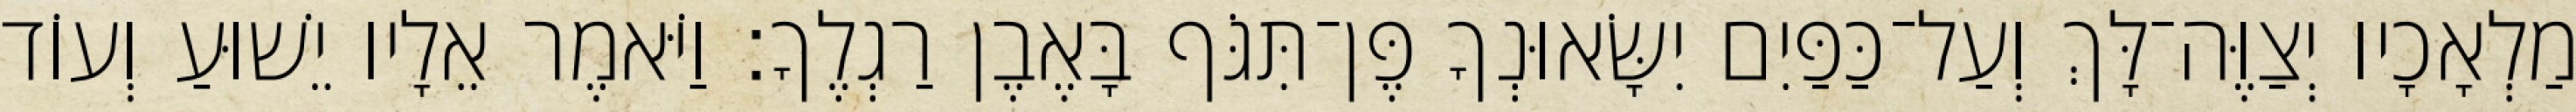
מַלְאָכָיו יְצַוֶּה־לָּךְ וְעַל־כַּפַּיִם יִשָּׂאוּנְךָ פֶּן־תִּגֹּף בָּאֶבֶן רַגְלֶךָ׃ וַיֹּאמֶר אֵלָיו יֵשׁוּעַ וְעוֹד